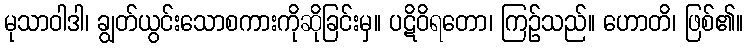
မုသာဝါဒါ၊ ချွတ်ယွင်းသောစကားကိုဆိုခြင်းမှ။ ပဋိဝိရတော၊ ကြဉ်သည်။ ဟောတိ၊ ဖြစ်၏။